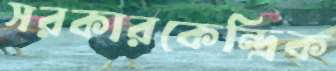
সরকারকেন্দ্রিক